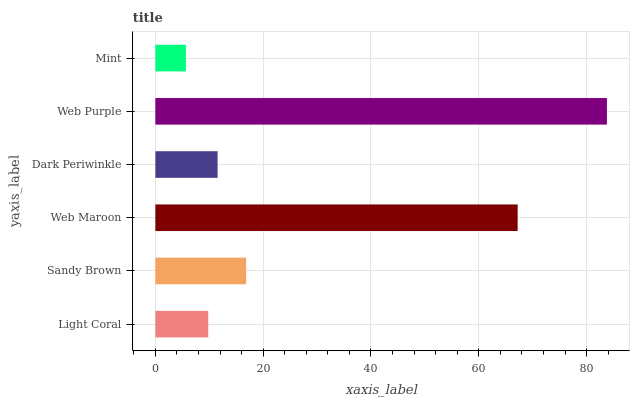
| yaxis_label | bars |
 | --- | --- |
 | Light Coral | 9.81 |
 | Sandy Brown | 16.8 |
 | Web Maroon | 67.2 |
 | Dark Periwinkle | 11.5 |
 | Web Purple | 83.8 |
 | Mint | 5.67 |